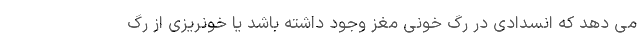
می دهد که انسدادی در رگ خونی مغز وجود داشته باشد یا خونریزی از رگ